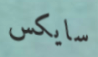
سايكس